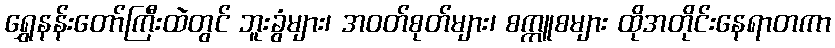
ရွှေနန်းတော်ကြီးထဲတွင် ဘူးခွံများ၊ အဝတ်စုတ်များ၊ စက္ကူစများ ထိုအတိုင်းနေရာတကာ